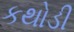
કથોડી